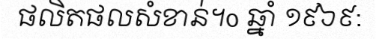
ផលិតផលសំខាន់។o ឆ្នាំ ១៩៦៩: